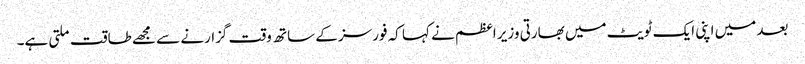
بعد میں اپنی ایک ٹویٹ میں بھارتی وزیر اعظم نے کہا کہ فورسز کے ساتھ وقت گزارنے سے مجھے طاقت ملتی ہے۔